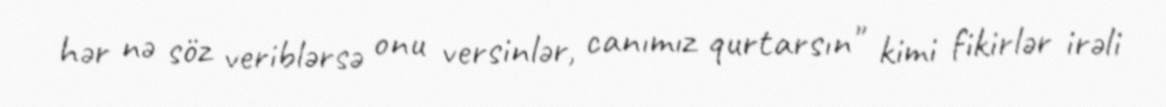
hər nə söz veriblərsə onu versinlər, canımız qurtarsın" kimi fikirlər irəli